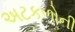
અટકળોની